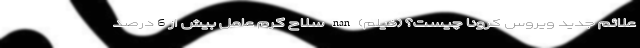
علائم جدید ویروس کرونا چیست؟ (فیلم) nan سلاح گرم عامل بیش از 6 درصد